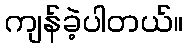
ကျန်ခဲ့ပါတယ်။